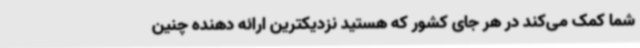
شما کمک می‌کند در هر جای کشور که هستید نزدیکترین ارائه دهنده چنین